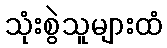
သုံးစွဲသူများထံ